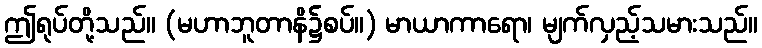
ဤရုပ်တို့သည်။ (မဟာဘူတာနိ၌စပ်။) မာယာကာရော၊ မျက်လှည့်သမားသည်။